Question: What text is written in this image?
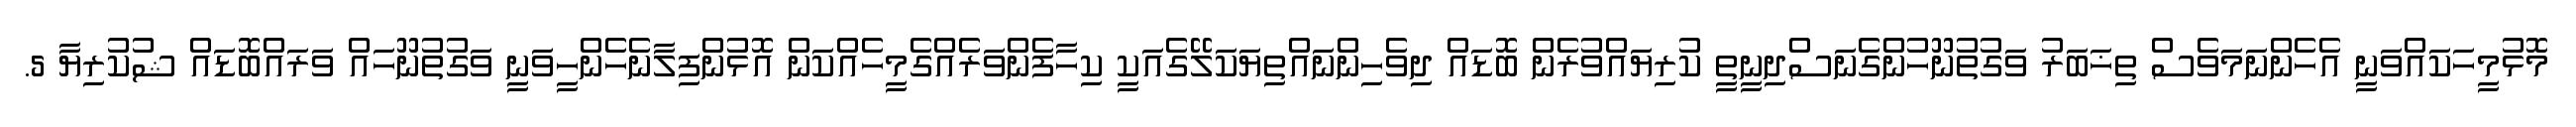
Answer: މޮޅުމީހަކައްވަނީ އެހެންނަމަވެސް ތިޚަބަރު ވަގުތުނޫހުންގެނަސްދިނީތީ ކުރިޔައްވުރެން ބޮޑައް ދިވެހިންނައްތިޔަކަލޭގެއަކީ ކިހާފެންވަރެއްގެމީހެއްކަން އޮޅުންފިލާނެހެންހީވަނީ ވަގުތުނޫހައް ވަރައްބޮޑައް ޝުކުރިޔާ 5.